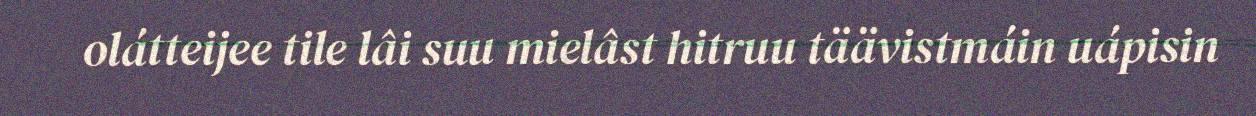
olátteijee tile lâi suu mielâst hitruu täävistmáin uápisin